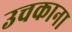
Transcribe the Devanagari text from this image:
उचकाना